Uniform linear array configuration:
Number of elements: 4
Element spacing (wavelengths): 0.5
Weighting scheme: hann
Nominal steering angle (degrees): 15
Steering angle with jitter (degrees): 15.674
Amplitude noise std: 0.05
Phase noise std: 0.05

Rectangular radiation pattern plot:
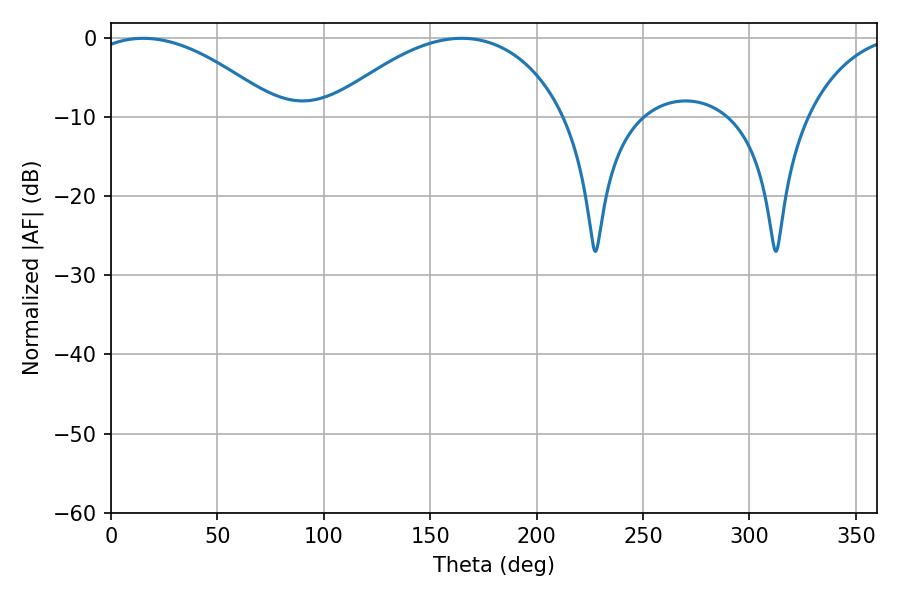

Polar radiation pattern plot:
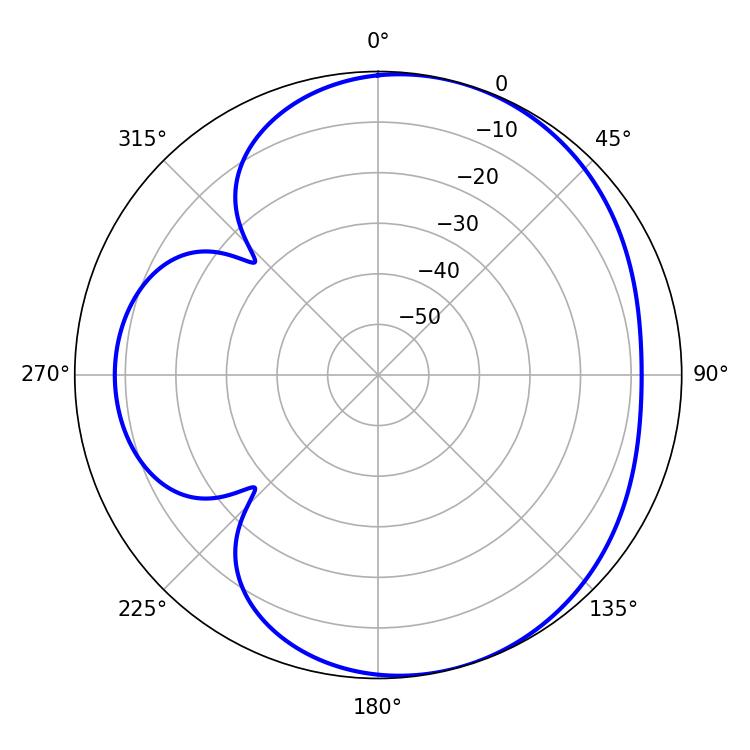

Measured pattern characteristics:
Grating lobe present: FALSE
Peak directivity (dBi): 4.856
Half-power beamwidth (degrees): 49.5
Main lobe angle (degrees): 15.12